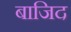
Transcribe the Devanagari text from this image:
बाजिद